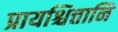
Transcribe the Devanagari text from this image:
प्रायश्चित्तानि